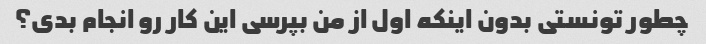
چطور تونستی بدون اینکه اول از من بپرسی این کار رو انجام بدی؟